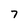
Character: 7